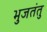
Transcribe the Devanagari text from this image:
भुजतंतु